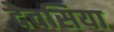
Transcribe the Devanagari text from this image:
देवसिया